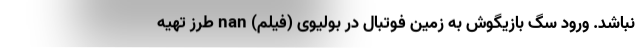
نباشد. ورود سگ بازیگوش به زمین فوتبال در بولیوی (فیلم) nan طرز تهیه